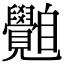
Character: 𦤲